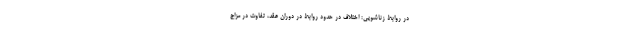
در روابط زناشویی: اختلاف در حدود روابط در دوران عقد، تفاوت در مزاج